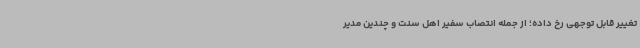
تغییر قابل توجهی رخ داده؛ از جمله انتصاب سفیر اهل سنت و چندین مدیر